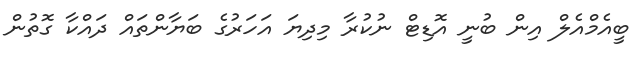
ބީއެމްއެލް އިން ބުނީ އޮޑިޓް ނުކުރާ މިދިޔަ އަހަރުގެ ބަޔާންތައް ދައްކާ ގޮތުން